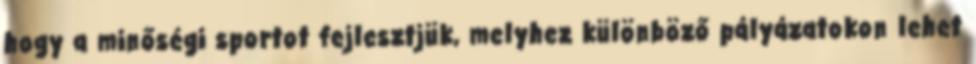
hogy a minőségi sportot fejlesztjük, melyhez különböző pályázatokon lehet